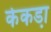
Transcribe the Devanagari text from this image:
केकडा़